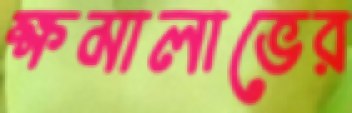
ক্ষমালাভের